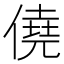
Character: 僥